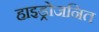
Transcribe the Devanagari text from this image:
हाइड्रोजनित